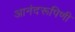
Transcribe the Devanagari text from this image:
आनंदरूपिणी